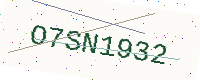
Text: O7SN1932